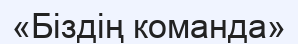
«Біздің команда»